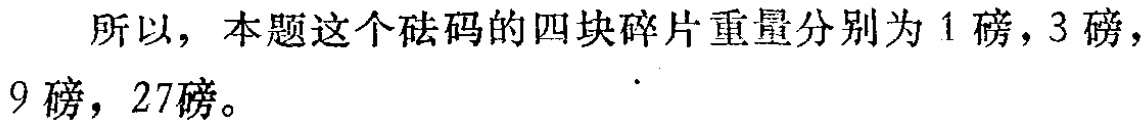
所以，本题这个砝码的四块碎片重量分别为 1 磅，3 磅，9 磅，27磅。